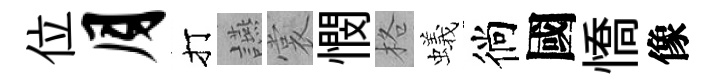
位月打讌裳憫格蟻徜國憍像